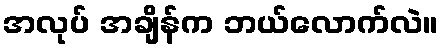
အလုပ် အချိန်က ဘယ်လောက်လဲ။